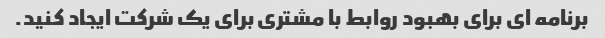
برنامه ای برای بهبود روابط با مشتری برای یک شرکت ایجاد کنید.